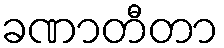
ခဏာတီတာ